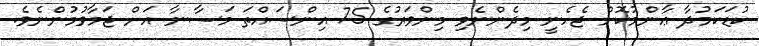
ކުޑަކަމުދާ ޢާންމުކޮށް ޖެހެނީ މިދެންނެވި މިންވަރުގެ 75 އިންސައްތަ މަސާނާ އަށް ޖަމާވުމުންނެވެ.